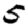
Digit: 5